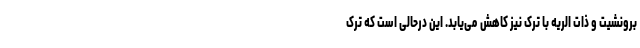
برونشیت و ذات الریه با ترک نیز کاهش می‌یابد. این درحالی است که ترک